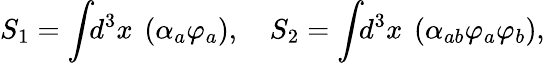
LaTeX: S_{1}=\int\! \! d^{3}x~\left(\alpha_{a}\varphi_{a}\right),\quad S_{2}=\int\! \! d^{3}x~\left(\alpha_{ab}\varphi_{a}\varphi_{b}\right),